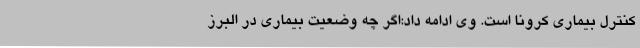
کنترل بیماری کرونا است. وی ادامه داد:اگر چه وضعیت بیماری در البرز